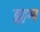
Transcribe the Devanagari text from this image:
ह्यम